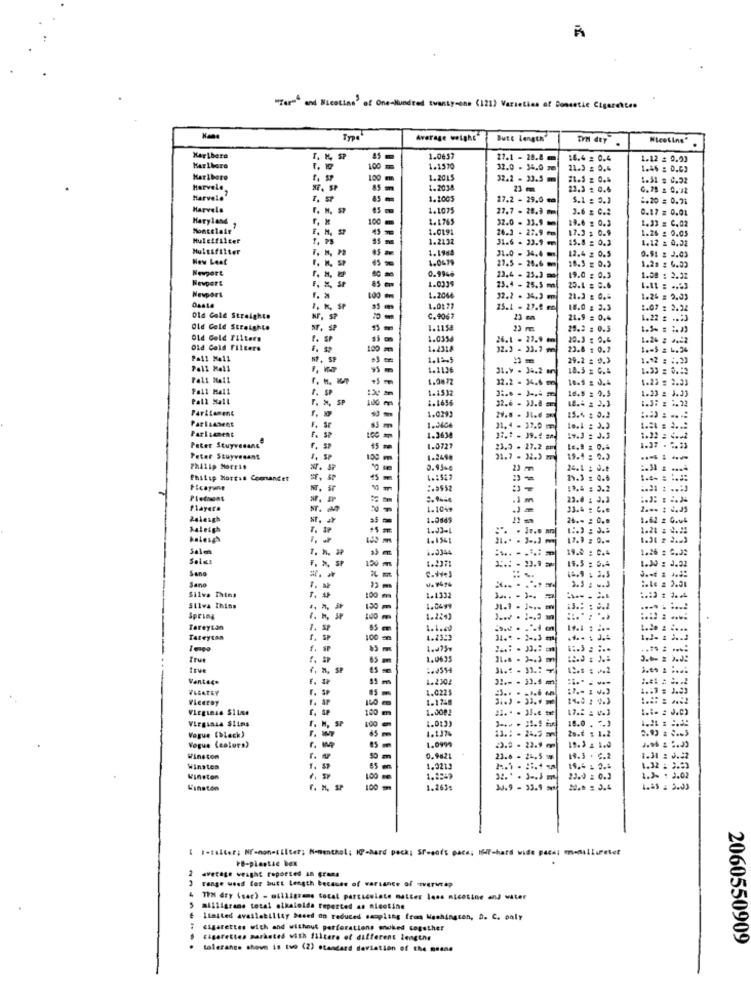
"Tar"" and Nicotine' of One-Hundred twenty-one (121) Varieties of Dondethe Cigarettes
Average weight"
Butt Length'
Nicotine"
KarLbera
SP
1.0637
27.1 - 20.8 m
16.4 = 0.4
1.12 = 0.03
Karlhora
100
1.1370
32.0 - 34.0 ze
11.3 : 0.4
1.46 = D.09
Kar Lboro
1.2015
32.2 - 33.5 mm
21.1 = 0.4
1.31 = 0.52
Herveld,
1.2034
23 mm
23.3 : 0.6
1.1005
27.2 - 29.0 m
5.1 = 0.3
2.20 = 0.71
Harvela
r. M. SP
1.1075
27.7 . 28.3
3.6 z C.2
0.17 = 0.01
Maryland
10
1.1765
32.0 - 31.9
19.6 : 0.3
1.33 = C.02
Montelair
1.0191
16.3 - 22.9 cm
1.26 : 0.05
Multifilter
f. PB
1.2132
31.6 . 33.9 m
17.3 $ 0.9
15.8 = 0.3
1.12 = 0.02
Multifilter
1.1984
12.4 = 0.5
New Leaf
I. H. SP
17.5 - 25.6
18.3 = 0.3
0.91 = 2.03
Newport
0.994+
1.21 : 4.09
13.4 - 23.] =
19.0 : 0.3
1.08 : 2.32
85
15.4 - 25. 5 mm
23.4 . .. 6
Newport
1. >
LO
1.2064
32.2 . 34,3
21.3 : 0.4
1.26 = 2.03
2. H. SP
1.0127
25.1 - 27.9
16.0 g 3.3
1.07 : 2.22
Old Gold Straighte
NF, SP
C.9067
21.9 = 0.4
1.22 £
Old Gold Straighte
ST. SP
1.1158
29.2 = 0.5
Old Gold Filters
1.SP
1.035
20.3 : 9.4
1.24 #
Old Cold Filters
100
1.2318
32.2 - 33.7 m
23.8 : 0.2
: L.34
Pall Mall
5P. SP
1.12.5
29.2 = 0.3
1.12
Pall Mall
95
1.1136
31.9 . 34.2
18.5 = 0.8
1.0872
32.2 - 34.6 m
10.5 : 0.4
1.2> = 2.33
Pall Mall
1.1532
16.8 = 0.5
Pall Mall
. ». SP
1.1656
32.6 - 33.8 m
1.4 = 2.3
1.23 : 3.33
Paritament
1.0293
Parliament
1.0466
15.4 : 3.2
Parlament
1. sr
11. 4 - 32.0 m
1.2638
3 :. 1 - 39.4 =*.
19.J = J.3
1.22 = 4 .. 2
Peter Stuyvesant
F. SP
1.0727
23.3 - 27.2 mm
1.37 . 2.23
Peter Stuyvesant
1. SP
1.2490
31.7 - 32.3 mm
19.4 : 2.3
0.93+4
23 mm
24.1 : 0.0
Philip Morris Comander
4.2527
19.3 = 0.6
Picayune
:. 9552
:1.4 : 3.2
Piedmont
.1 m
23.4 : 3.2
Playera
1.1049
11.4 = C.e
Raleigh
1.0849
26 .- : 0.0
1.62 z G.uk
Raleigh
T. #
1.23-4
12.2 : 3.5
1.21 z 2.22
1 .-
1.154:
17.9 : 0 .-
1.31 = 2.23
Sale
19.2 : C.4
1.26 : 0.2:
Sales
19.5 : 5.4
1.20 : J.32
Sono
F. », SP
==
:ole = 2.31
Sano
1. al
3.5 : w.J
Silva Thins
100
1.1332
Silva Thins
130
1.0499
31.1 . 1 ...
Spring
1.2243
Tereytan
1.1.60
Tateycan
f. SP
1.4359
31. - 1-3 m
.... : J.
f. #
True
1.0635
true
Vantace
F.
1.2302
32 .- - 33.5 m
VEGATEY
1.0225
Viceroy
F. AP
160
1.1748
100
1.0002
17.2 : 4.3
Virginia Slims
F. M, SP
100
1.0133
Vogue (black)
65
1.137%
16.0 . ".)
20.6 : 1.2
1.0999
Vogue (eslors?
2.0 - 23.9 mm] 19.3 2 1.0
Winston
50
0.9821
23.0 - 24.5
19.3 . C.2
1.31
Winsten
1.3213
16 .- 1 2.8
Winston
23.0 =0.3
1.2% - 3.02
Winston
r. M. SP
100
1.263:
3J.9 - 33.9 et
10.0 : 3.4
[ 1-taller; NF-non-tilter; Nonenthol; KP-hard pack; Sresoft pace; HUT-hard wide
FB-plastic bex
2
average weight reported In grane
3 range weed for butt Length because of variance of averwcsp
TPM dry (sar) - milligrams tocal particulate matter less nicotine and water
milligrams total alkaloida reported as nicotine
limited availability based on reduced sampling from Washington, D. C. poly
cigarettes with and without perforations onoked cogether
cigarettes marketed with filtere of different lengths
2060550909
tolerance shown is tuo (2) Standard deviation of the me484